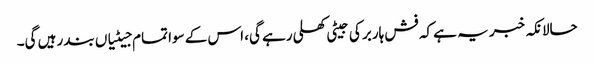
حالانکہ خبر یہ ہے کہ فش ہاربر کی جیٹی کھلی رہے گی، اس کے سوا تمام جیٹیاں بند رہیں گی۔